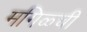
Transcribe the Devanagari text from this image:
मगिळ्ची